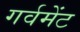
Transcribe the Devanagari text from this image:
गर्वमेंट